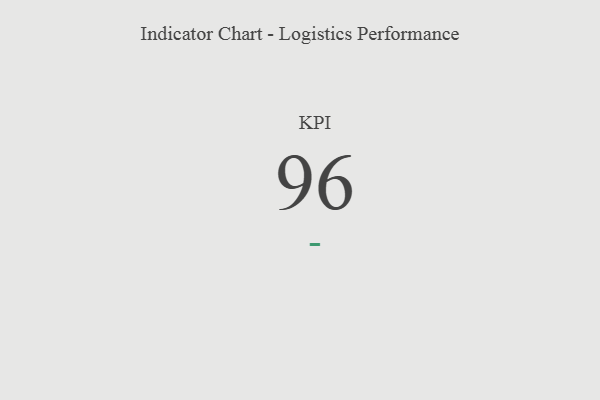
{"axis": {"x": "KPI", "y": "Value"}, "legend": [""], "data": [{"x": "KPI", "y": 96, "type": ""}]}